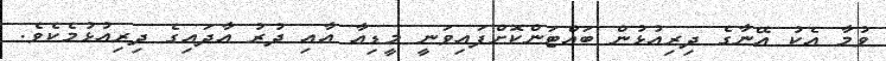
ވުމާ އެކު އޭނާގެ ދިރިއުޅުން ބައްޓަންކޮށްފައިވަނީ މީޑިއާ އާއި ދުރު އާދައިގެ ދިރިއުޅުމެކެވެ.